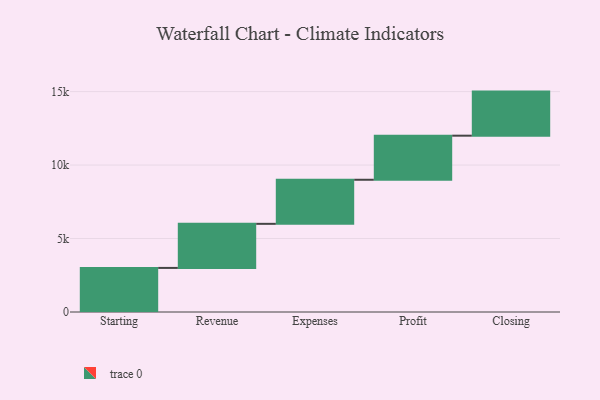
{"axis": {"x": "Step", "y": "Value"}, "legend": [""], "data": [{"x": "Starting", "y": 3000, "type": ""}, {"x": "Revenue", "y": 3000, "type": ""}, {"x": "Expenses", "y": 3000, "type": ""}, {"x": "Profit", "y": 3000, "type": ""}, {"x": "Closing", "y": 3000, "type": ""}]}